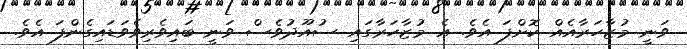
ވަނީ މުޒާހަރާއެއް ކޮށްފަ އެވެ. އެ މުޒާހަރާގައި ސުއޫދުވެސް ވަނީ ބައިވެރިވެވަޑައިގެންފަ އެވެ.